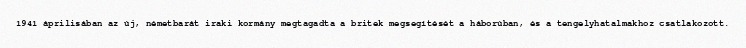
1941 áprilisában az új, németbarát iraki kormány megtagadta a britek megsegítését a háborúban, és a tengelyhatalmakhoz csatlakozott.